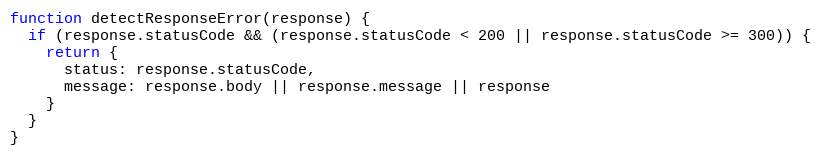
Language: JavaScript
function detectResponseError(response) {
  if (response.statusCode && (response.statusCode < 200 || response.statusCode >= 300)) {
    return {
      status: response.statusCode,
      message: response.body || response.message || response
    }
  }
}